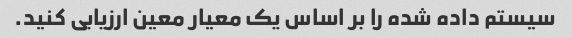
سیستم داده شده را بر اساس یک معیار معین ارزیابی کنید.